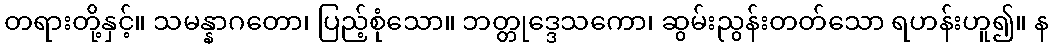
တရားတို့နှင့်။ သမန္နာဂတော၊ ပြည့်စုံသော။ ဘတ္တုဒ္ဒေသကော၊ ဆွမ်းညွန်းတတ်သော ရဟန်းဟူ၍။ န